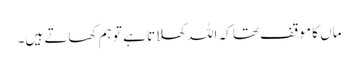
ماں کا موقف تھا کہ اللہ کھلاتا ہے تو ہم کھاتے ہیں۔